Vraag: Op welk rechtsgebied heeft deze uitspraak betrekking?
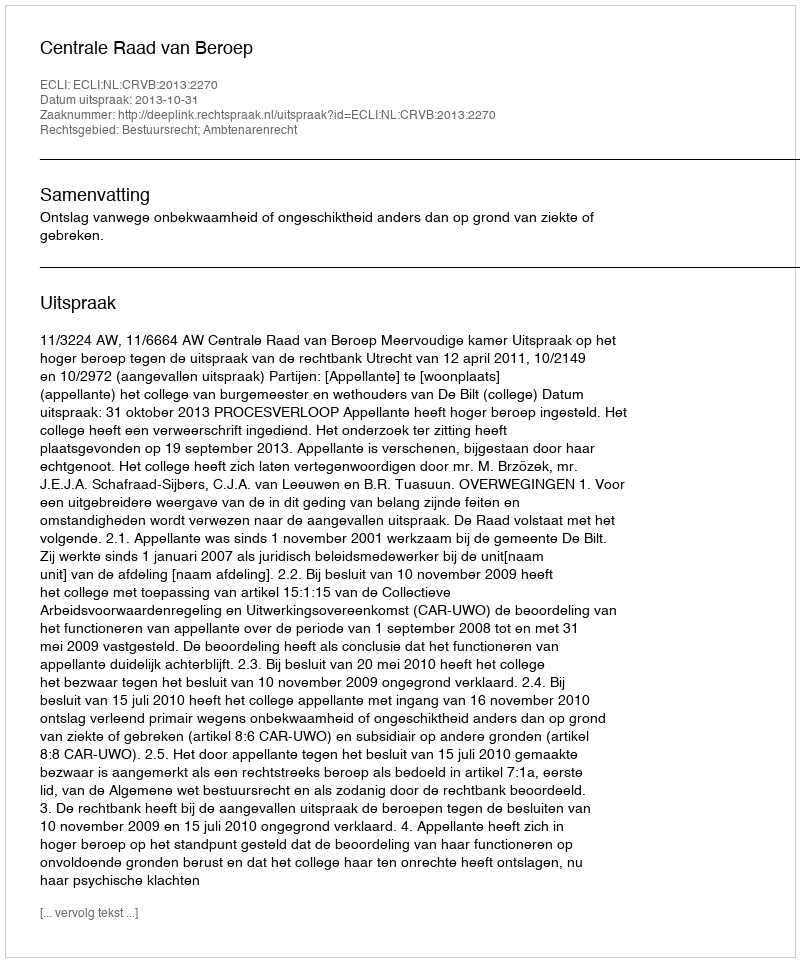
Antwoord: Bestuursrecht; Ambtenarenrecht